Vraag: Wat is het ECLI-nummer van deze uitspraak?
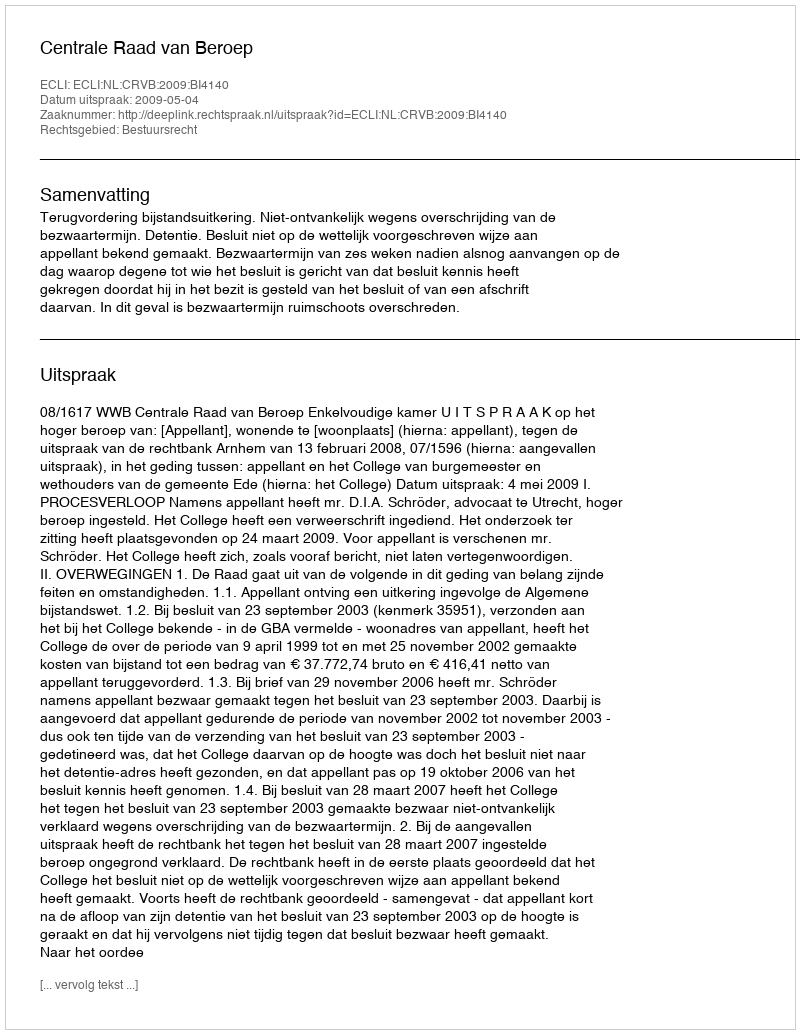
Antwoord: ECLI:NL:CRVB:2009:BI4140